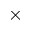
\times